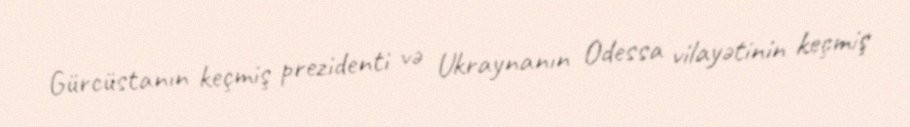
Gürcüstanın keçmiş prezidenti və Ukraynanın Odessa vilayətinin keçmiş